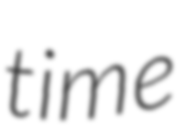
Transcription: time